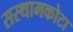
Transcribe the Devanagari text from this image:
सस्थामकोटा